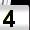
Digit: 4